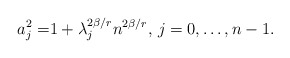
\begin{align*}a_j^2=&1+ \lambda_j^{2\beta/r}n^{2\beta/r}, \,j=0,\dots,n-1.\end{align*}